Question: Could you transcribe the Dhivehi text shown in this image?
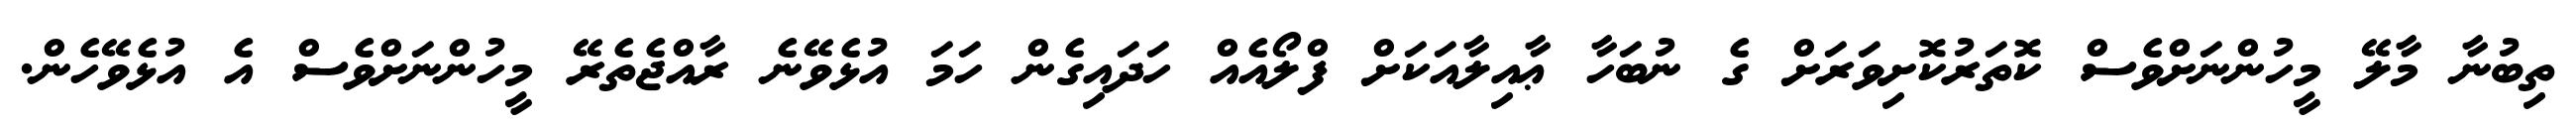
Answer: ތިބުނާ މާލޭ މީހުންނަށްވެސް ކޮތަރުކޮށިވަރަށް ގެ ނުބަހާ ޢާއިލާއަކަށް ފްލޯއެއް ހަދައިގެން ހަމަ އުޅެވޭނެ ރާއްޖެތެރޭ މީހުންނަށްވެސް އެ އުޅެވޭހެން.